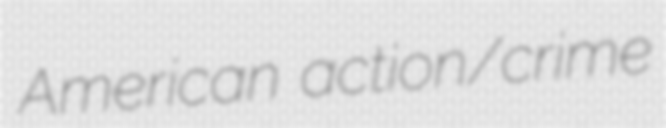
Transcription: American action/crime